Indian journal of veterinary science and animal husbandry - Volume 9,
Year: 1939
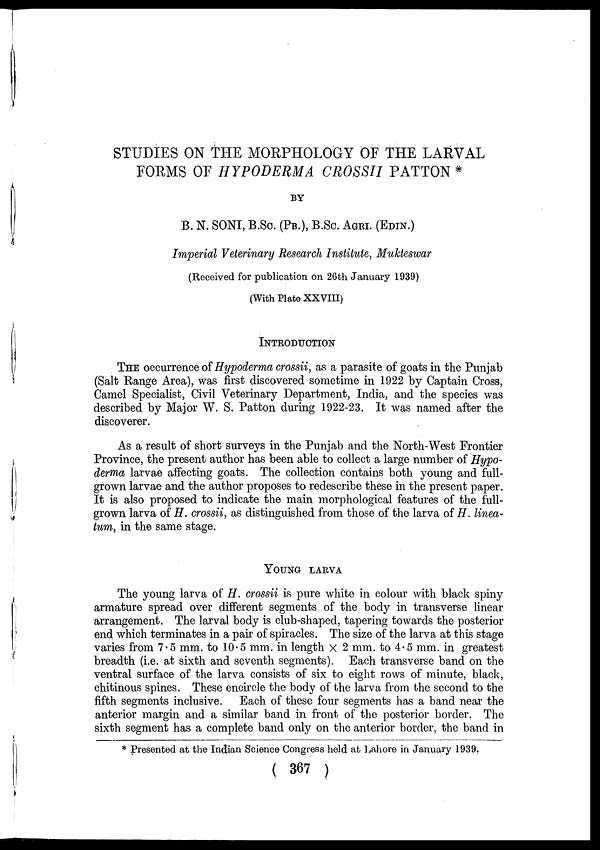
STUDIES ON THE MORPHOLOGY OF THE LARVAL
FORMS OF HYPODERMA CROSSII PATTON *
BY
B. N. SONI, B.Sc. (PB.), B.Sc. AGRI. (EDIN.)
Imperial Veterinary Research Institute, Mukteswar
(Received for publication on 26th January 1939)
(With Plate XXVIII)
INTRODUCTION
THE occurrence of Hypoderma crossii, as a parasite of goats in the Punjab
(Salt Range Area), was first discovered sometime in 1922 by Captain Cross,
Camel Specialist, Civil Veterinary Department, India, and the species was
described by Major W. S. Patton during 1922-23. It was named after the
discoverer.
As a result of short surveys in the Punjab and the North-West Frontier
Province, the present author has been able to collect a large number of Hypo-
derma larvae affecting goats. The collection contains both young and full-
grown larvae and the author proposes to redescribe these in the present paper.
It is also proposed to indicate the main morphological features of the full-
grown larva of H. crossii, as distinguished from those of the larva of H. linea-
tum, in the same stage.
YOUNG LARVA
The young larva of H. crossii is pure white in colour with black spiny
armature spread over different segments of the body in transverse linear
arrangement. The larval body is club-shaped, tapering towards the posterior
end which terminates in a pair of spiracles. The size of the larva at this stage
varies from 7.5 mm. to 10.5 mm. in length × 2 mm. to 4.5 mm. in greatest
breadth (i.e. at sixth and seventh segments). Each transverse band on the
ventral surface of the larva consists of six to eight rows of minute, black,
chitinous spines. These encircle the body of the larva from the second to the
fifth segments inclusive. Each of these four segments has a band near the
anterior margin and a similar band in front of the posterior border. The
sixth segment has a complete band only on the anterior border, the band in
* Presented at the Indian Science Congress held at Lahore in January 1939.
( 367 )